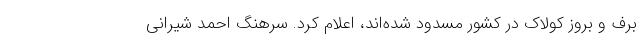
برف و بروز کولاک در کشور مسدود شده‌اند، اعلام کرد. سرهنگ احمد شیرانی